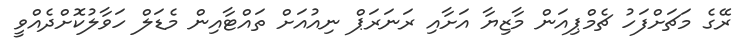
ރޭގެ މަޗަށްފަހު ޗެމްޕިއަން މާޒިޔާ އަށާއި ރަނަރަޕް ނިއުއަށް ތައްޓާއިން މެޑަލް ހަވާލުކޮށްދެއްވީ